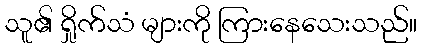
သူ၏ ရှိုက်သံ များကို ကြားနေသေးသည်။